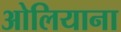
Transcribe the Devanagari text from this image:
ओलियाना